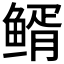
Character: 𩾊